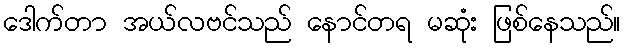
ဒေါက်တာ အယ်လဗင်သည် နောင်တရ မဆုံး ဖြစ်နေသည်။